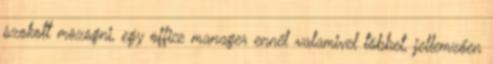
szokott mozogni, egy office manager ennél valamivel többet, jellemzően